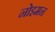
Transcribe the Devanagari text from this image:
नोइमन